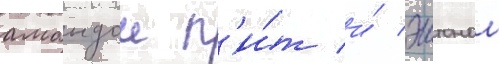
амандои п'и́т и́ эштоном